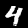
Digit: 4